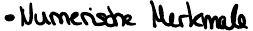
Numerische Merkmale